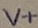
Text: V7